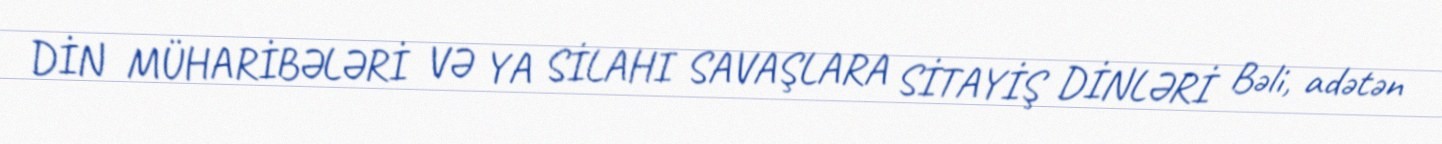
DİN MÜHARİBƏLƏRİ VƏ YA SİLAHI SAVAŞLARA SİTAYİŞ DİNLƏRİ Bəli, adətən